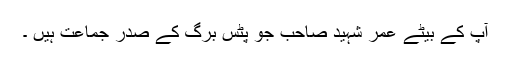
آپ کے بیٹے عمر شہید صاحب جو پِٹس برگ کے صدر جماعت ہیں ۔